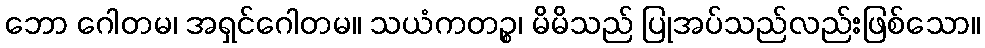
ဘော ဂေါတမ၊ အရှင်ဂေါတမ။ သယံကတဉ္စ၊ မိမိသည် ပြုအပ်သည်လည်းဖြစ်သော။